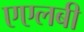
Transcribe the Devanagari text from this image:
एएलबी